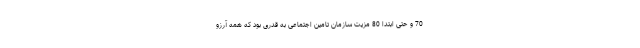
70 و حتی ابتدا 80 مزیت سازمان تامین اجتماعی به قدری بود که همه آرزو